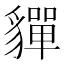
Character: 貚